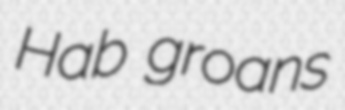
Hab groans